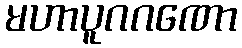
မဟာပူဂဂဏော